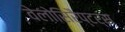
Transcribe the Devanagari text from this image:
वेलोसिरैप्टर्स